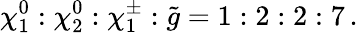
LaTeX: \chi_{1}^{0}:\chi_{2}^{0}:\chi_{1}^{\pm}:\tilde{g}=1:2:2:7\, .